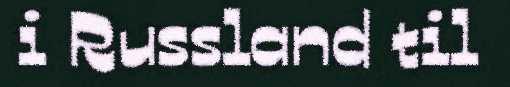
i Russland til